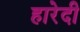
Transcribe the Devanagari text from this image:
हारेदी